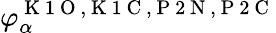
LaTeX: \varphi_{\alpha}^{\mathrm{~K~1~O~,~K~1~C~,~P~2~N~,~P~2~C~}}